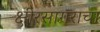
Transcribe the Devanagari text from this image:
क्षीरसागराचा